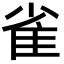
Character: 雀